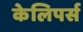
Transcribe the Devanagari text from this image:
केलिपर्स